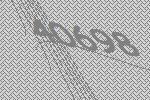
40698